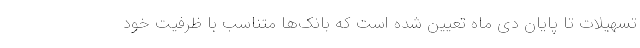
تسهیلات تا پایان دی ماه تعیین شده است که بانک‌ها متناسب با ظرفیت خود